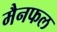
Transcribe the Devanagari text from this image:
मैनफल